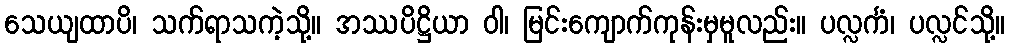
သေယျထာပိ၊ သက်ရာသကဲ့သို့။ အဿပိဋ္ဌိယာ ဝါ၊ မြင်းကျောက်ကုန်းမှမူလည်း။ ပလ္လင်္ကံ၊ ပလ္လင်သို့။